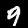
Label: 9